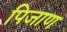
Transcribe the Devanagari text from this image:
पिजाण